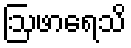
ဩဖာရေသိ